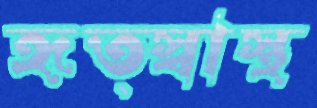
হৃত্স্বাস্থ